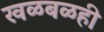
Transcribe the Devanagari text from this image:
खळबळही